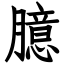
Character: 臆